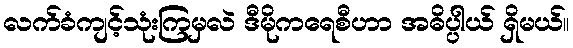
လက်ခံကျင့်သုံးကြမှလဲ ဒီမိုကရေစီဟာ အဓိပ္ပါယ် ရှိမယ်။